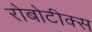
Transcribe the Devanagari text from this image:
रोबोटीक्स